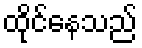
ထိုင်နေသည်